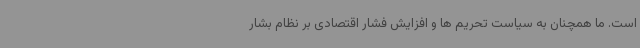
است. ما همچنان به سیاست تحریم ها و افزایش فشار اقتصادی بر نظام بشار